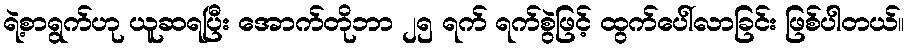
ရဲ့စာရွက်ဟု ယူဆရပြီး အောက်တိုဘာ ၂၅ ရက် ရက်စွဲဖြင့် ထွက်ပေါ်လာခြင်း ဖြစ်ပါတယ်။